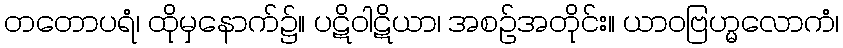
တတောပရံ၊ ထိုမှနောက်၌။ ပဋိဝါဋိယာ၊ အစဉ်အတိုင်း။ ယာဝဗြဟ္မလောကံ၊